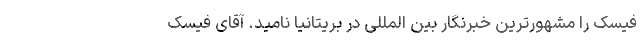
فیسک را مشهورترین خبرنگار بین المللی در بریتانیا نامید. آقای فیسک